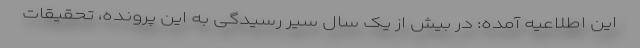
این اطلاعیه آمده: در بیش از یک سال سیر رسیدگی به این پرونده، تحقیقات